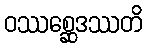
ဝဿစ္ဆေဒဿတိ